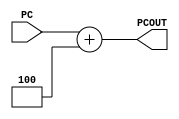
// Computer Architecture (CO224) - Lab 05
// Design: Dedicated Adder for PC Increment
// Group Number : 27
// E Numbers : E/18/077, E/18/227
// Names : Dharmarathne N.S., Mudalige D.H.

module pc_adder (
	input[31:0] PC,
	output reg [31:0] PCOUT);

	always @(PC) begin
		// default offset(4 bit) is set 
		// with time delay of 1 time unit
		#1 PCOUT = PC+4;
	end
endmodule